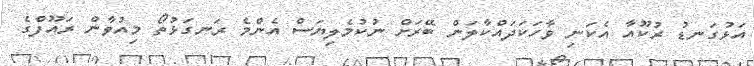
އަޅުގަނޑު ރުކޫއާ އެކަނި ވާހަކަދައްކާލަން ބޭރަށް ނުކުމެލިޔަސް އެންމެ ރަނގަޅުތޯ މިއުވާން ރައޫފްގެ